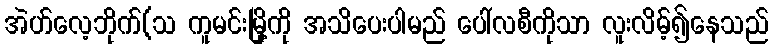
အဲဟ်လေ့ဘိုက်(သ ကူမင်းမြို့ကို အသိပေးပါမည် ပေါ်လစီကိုသာ လူးလိမ့်၍နေသည်